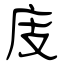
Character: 庋